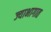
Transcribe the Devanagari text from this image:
ज्याभागात